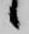
候